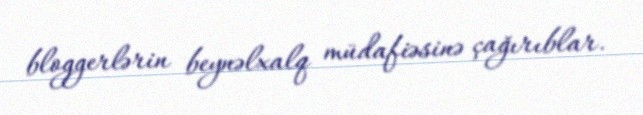
bloggerlərin beynəlxalq müdafiəsinə çağırıblar.